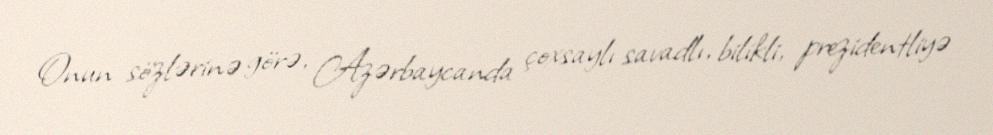
Onun sözlərinə görə, Azərbaycanda çoxsaylı savadlı, bilikli, prezidentliyə